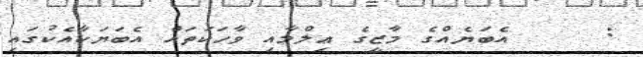
:     އެބަޔެއްގެ މާޒީގެ ޢިލްމާއި ވާހަކަތައް އެބަޔަކާއެކުގައި